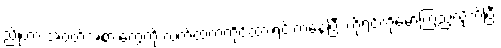
ညိုဟာ အဝတ်အစားတွေကို လက်ထဲကကိုင်ထားရင်းကနေပြီး ကိုရင့်ကိုမော်ကြည့်လိုက်ပြီး